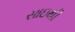
સાઇથી